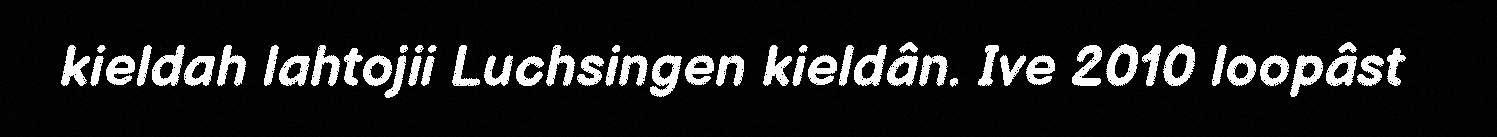
kieldah lahtojii Luchsingen kieldân. Ive 2010 loopâst